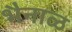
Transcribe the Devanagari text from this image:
भैनाळ